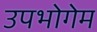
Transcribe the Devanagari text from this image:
उपभोगेम